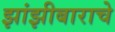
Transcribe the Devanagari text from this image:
झांझीबाराचे